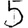
Digit: 5